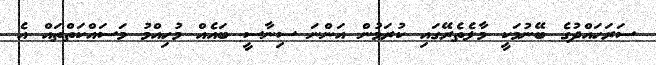
ސަރަހައްދުގެ ބޭނުމަކީ މާލެތެރޭގައި ކުރަމުން އަންނަ ސިނާސީ ބައެއް މުހިއްމު މަސައްކަތްތައް އެ